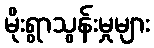
မိုးရွာသွန်းမှုများ